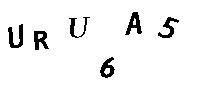
URU6A5